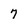
Character: 7